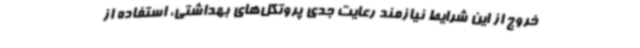
خروج از این شرایط نیازمند رعایت جدی پروتکل‌های بهداشتی، استفاده از